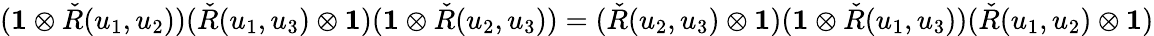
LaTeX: (\mathbf{1}\otimes{\check{R}}(u_{1},u_{2}))({\check{R}}(u_{1},u_{3})\otimes\mathbf{1})(\mathbf{1}\otimes{\check{R}}(u_{2},u_{3}))=({\check{R}}(u_{2},u_{3})\otimes\mathbf{1})(\mathbf{1}\otimes{\check{R}}(u_{1},u_{3}))({\check{R}}(u_{1},u_{2})\otimes\mathbf{1})